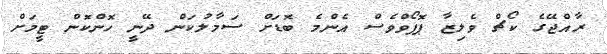
ރާއްޖޭގެ ކޯޗް ވެލިޒާ ޕޮޕޯވްވެސް އެންމެ ބޮޑަށް ސަމާލުކަން ދޭނީ ހޮންކޮން ޓީމަށް